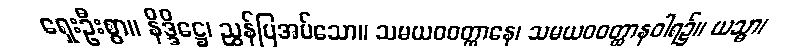
ရှေးဦးစွာ။ နိဒ္ဒိဋ္ဌေ၊ ညွှန်ပြအပ်သော။ သမယဝဝတ္ထာနေ၊ သမယဝဝတ္ထာနဝါရ၌။ ယသ္မာ၊